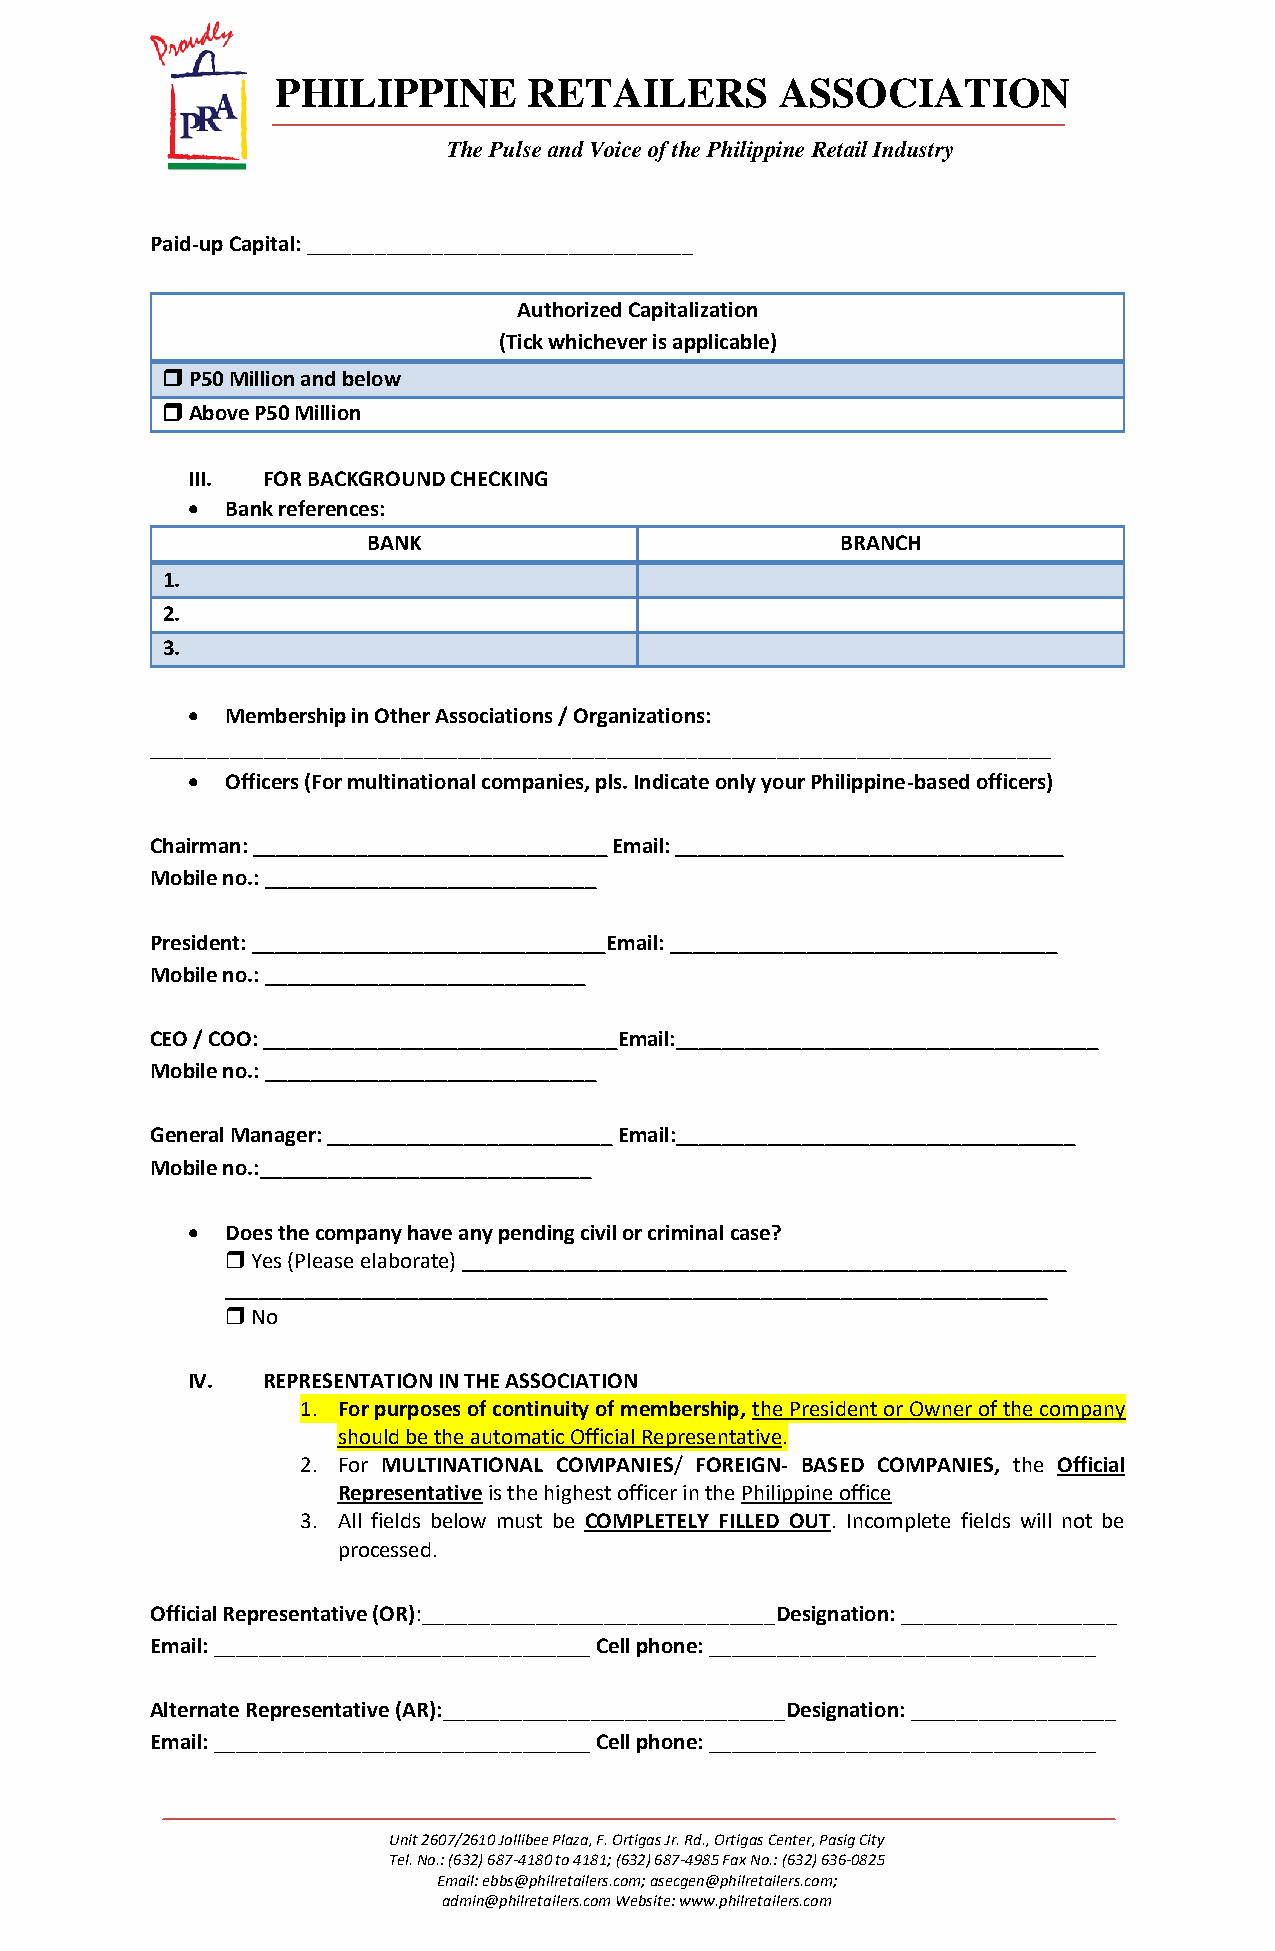
PHILIPPINE       RETAILERS        ASSOCIATION
 The Pulse and Voice of the Philippine Retail Industry
 Paid-up Capital: __________________________________
 Authorized Capitalization
 (Tick whichever is applicable)
  P50 Million and below
  Above P50 Million
 III. FOR BACKGROUND CHECKING
   Bank references:
 BANK                            BRANCH
 1.
 2.
 3.
   Membership in Other Associations / Organizations:
 _______________________________________________________________________________
   Officers (For multinational companies, pls. Indicate only your Philippine-based officers)
 Chairman: _______________________________ Email: __________________________________
 Mobile no.: _____________________________
 President: _______________________________Email: __________________________________
 Mobile no.: ____________________________
 CEO / COO: _______________________________Email:_____________________________________
 Mobile no.: _____________________________
 General Manager: _________________________ Email:___________________________________
 Mobile no.:_____________________________
   Does the company have any pending civil or criminal case?
  Yes (Please elaborate) _____________________________________________________
 ________________________________________________________________________
  No
 IV.  REPRESENTATION IN THE ASSOCIATION
 1. For purposes of continuity of membership, the President or Owner of the company
 should be the automatic Official Representative.
 2. For MULTINATIONAL COMPANIES/ FOREIGN- BASED COMPANIES, the Official
 Representative is the highest officer in the Philippine office
 3. All fields below must be COMPLETELY FILLED OUT. Incomplete fields will not be
 processed.
 Official Representative (OR):_______________________________Designation: ___________________
 Email: _________________________________ Cell phone: __________________________________
 Alternate Representative (AR):______________________________Designation: __________________
 Email: _________________________________ Cell phone: __________________________________
 Unit 2607/2610 Jollibee Plaza, F. Ortigas Jr. Rd., Ortigas Center, Pasig City
 Tel. No.: (632) 687-4180 to 4181; (632) 687-4985 Fax No.: (632) 636-0825
 Email: ebbs@philretailers.com; asecgen@philretailers.com;
 admin@philretailers.com Website: www.philretailers.com